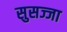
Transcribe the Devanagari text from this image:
सुसज्जा